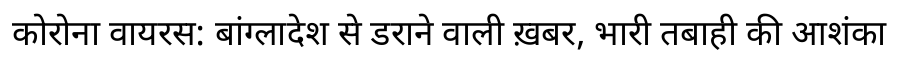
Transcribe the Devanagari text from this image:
कोरोना वायरस: बांग्लादेश से डराने वाली ख़बर, भारी तबाही की आशंका